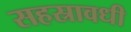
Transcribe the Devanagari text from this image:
सहस्रावधी